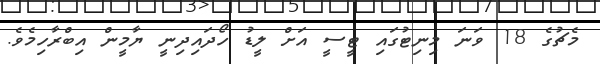
މެޗުގެ 18 ވަނަ މިނިޓުގައި ޓީސީ އަށް ލީޑު ހޯދައިދިނީ ޔާމީން އިބްރާހިމެވެ.